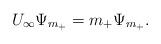
LaTeX: \begin{align*}U_{\infty }\Psi _{m_{+}} =m_{+}\Psi_{m_{+}}. \end{align*}